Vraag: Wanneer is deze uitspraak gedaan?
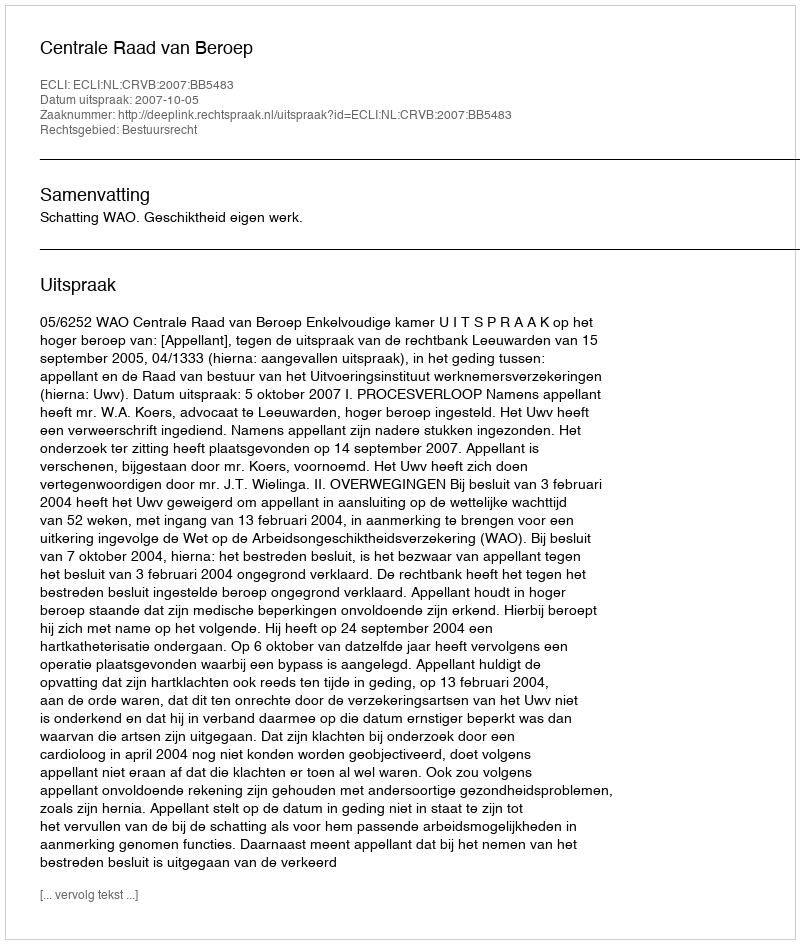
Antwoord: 2007-10-05